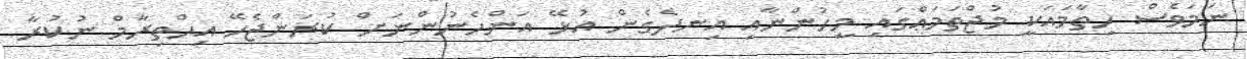
ނަމަވެސް ހިތާމައަކީ މުޖްތަމަޢްގައި މީހުންނާއި އިނދެގެން އުޅޭ އަންހެނުންނަށް ކުރަންޖެހޭ އިޙްތިރާމް ނުކުރާ